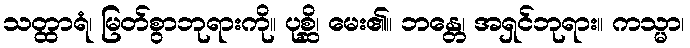
သတ္ထာရံ၊ မြတ်စွာဘုရားကို။ ပုစ္ဆိ၊ မေး၏။ ဘန္တေ၊ အရှင်ဘုရား။ ကသ္မာ၊